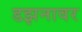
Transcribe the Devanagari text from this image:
डझनावर